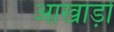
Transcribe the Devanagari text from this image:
आखाड़ों